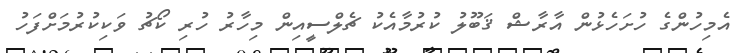
އެމިހުންގެ ހުށަހެޅުން އާރާޝް ޤަބޫލު ކުރުމާއެކު ޗެލްސީއިން މިހާރު ހުރި ކޯޗު ވަކިކުރުމަށްފަހު